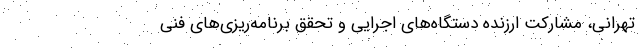
تهرانی، مشارکت ارزنده دستگاه‌های اجرایی و تحقق برنامه‌ریزی‌های فنی